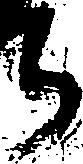
ち